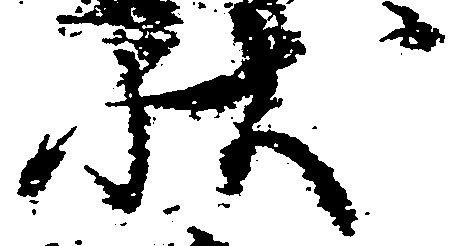
状